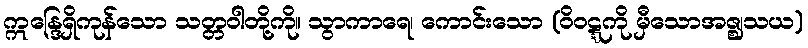
ဣန္ဒြေရှိကုန်သော သတ္တဝါတို့ကို။ သွာကာရေ၊ ကောင်းသော (ဝိဝဋ္ဋကို မှီသောအဇ္ဈသယ)